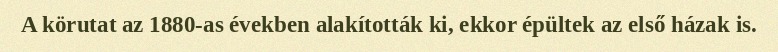
A körutat az 1880-as években alakították ki, ekkor épültek az első házak is.